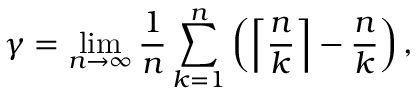
\gamma = \operatorname* { l i m } _ { n \to \infty } { \frac { 1 } { n } } \sum _ { k = 1 } ^ { n } \left( \left\lceil { \frac { n } { k } } \right\rceil - { \frac { n } { k } } \right) ,